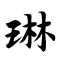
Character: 琳